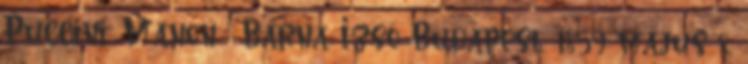
Puccini: Manon ; Barna Izsó Budapest, 1859 május 8.